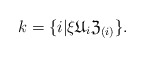
\begin{align*}k=\{i\vert\xi \mathfrak{U}_i \mathfrak{Z}_{(i)}\}.\end{align*}